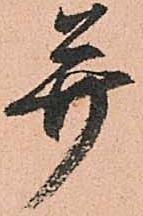
幷